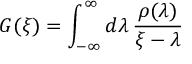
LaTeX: G ( \xi ) = \int _ { - \infty } ^ { \infty } d \lambda \, \frac { \rho ( \lambda ) } { \xi - \lambda }